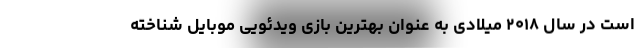
است در سال ۲۰۱۸ میلادی به عنوان بهترین بازی ویدئویی موبایل شناخته